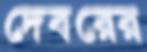
দেবরের